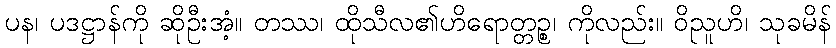
ပန၊ ပဒဋ္ဌာန်ကို ဆိုဦးအံ့။ တဿ၊ ထိုသီလ၏ဟိရောတ္တဉ္စ၊ ကိုလည်း။ ဝိညူဟိ၊ သုခမိန်